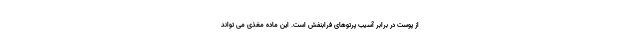
از پوست در برابر آسیب پرتوهای فرابنفش است. این ماده مغذی می تواند